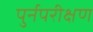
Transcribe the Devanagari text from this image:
पुर्नपरीक्षण